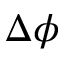
\Delta \phi